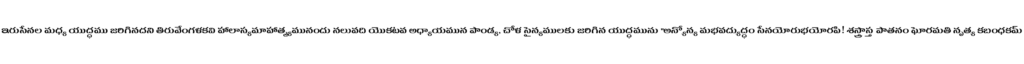
ఇరుసేనల మధ్య యుద్ధము జరిగినదని తిరువేంగళకవి హాలాస్యమాహాత్మ్యమునందు నలువది యొకటవ అధ్యాయమున పాండ్య, చోళ సైన్యములకు జరిగిన యుద్ధమును "అన్యోన్య మభవద్యుద్ధం సేనయోరుభయోరపి! శస్త్రాస్త పాతనం ఘోరమతి నృత్య కబంధకమ్